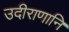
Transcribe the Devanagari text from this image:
उदीराणानि